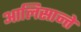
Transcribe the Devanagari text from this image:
आलिसान्ते